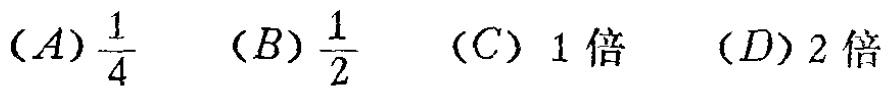
$(A)\frac{1}{4}\ \ (B)\frac{1}{2}\ \ (C)\ 1倍\ \ (D)2倍$